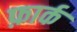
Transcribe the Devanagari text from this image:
फ़ार्क